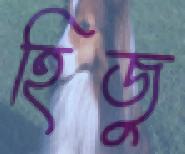
হিজু